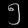
Digit: ၅